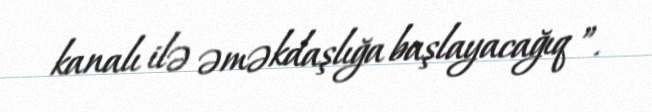
kanalı ilə əməkdaşlığa başlayacağıq ”.